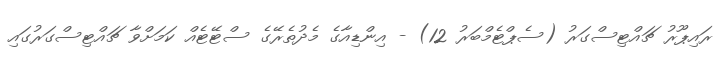
ރައިޕޫރު ޗައްޓިސްގަރު (ސެޕްޓެމްބަރު 12) - އިންޑިއާގެ މެދުތެރޭގެ ސްޓޭޓެއް ކަމަށްވާ ޗައްޓިސްގަރުގައި